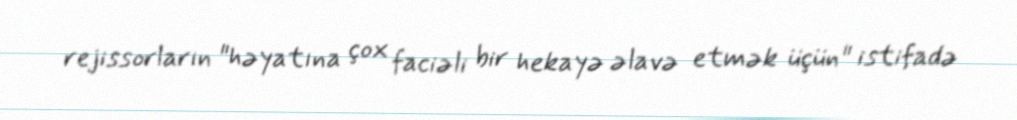
rejissorların "həyatına çox faciəli bir hekayə əlavə etmək üçün" istifadə